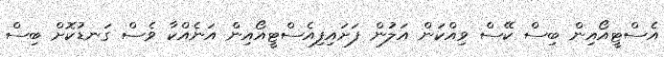
އެސްޓީއޯއިން ބިސް ކޭސް ވިއްކަން އަލުން ފަށައިފިއެސްޓީއޯއިން އަނެއްކާ ވެސް ގަނޑުކޮށް ބިސް